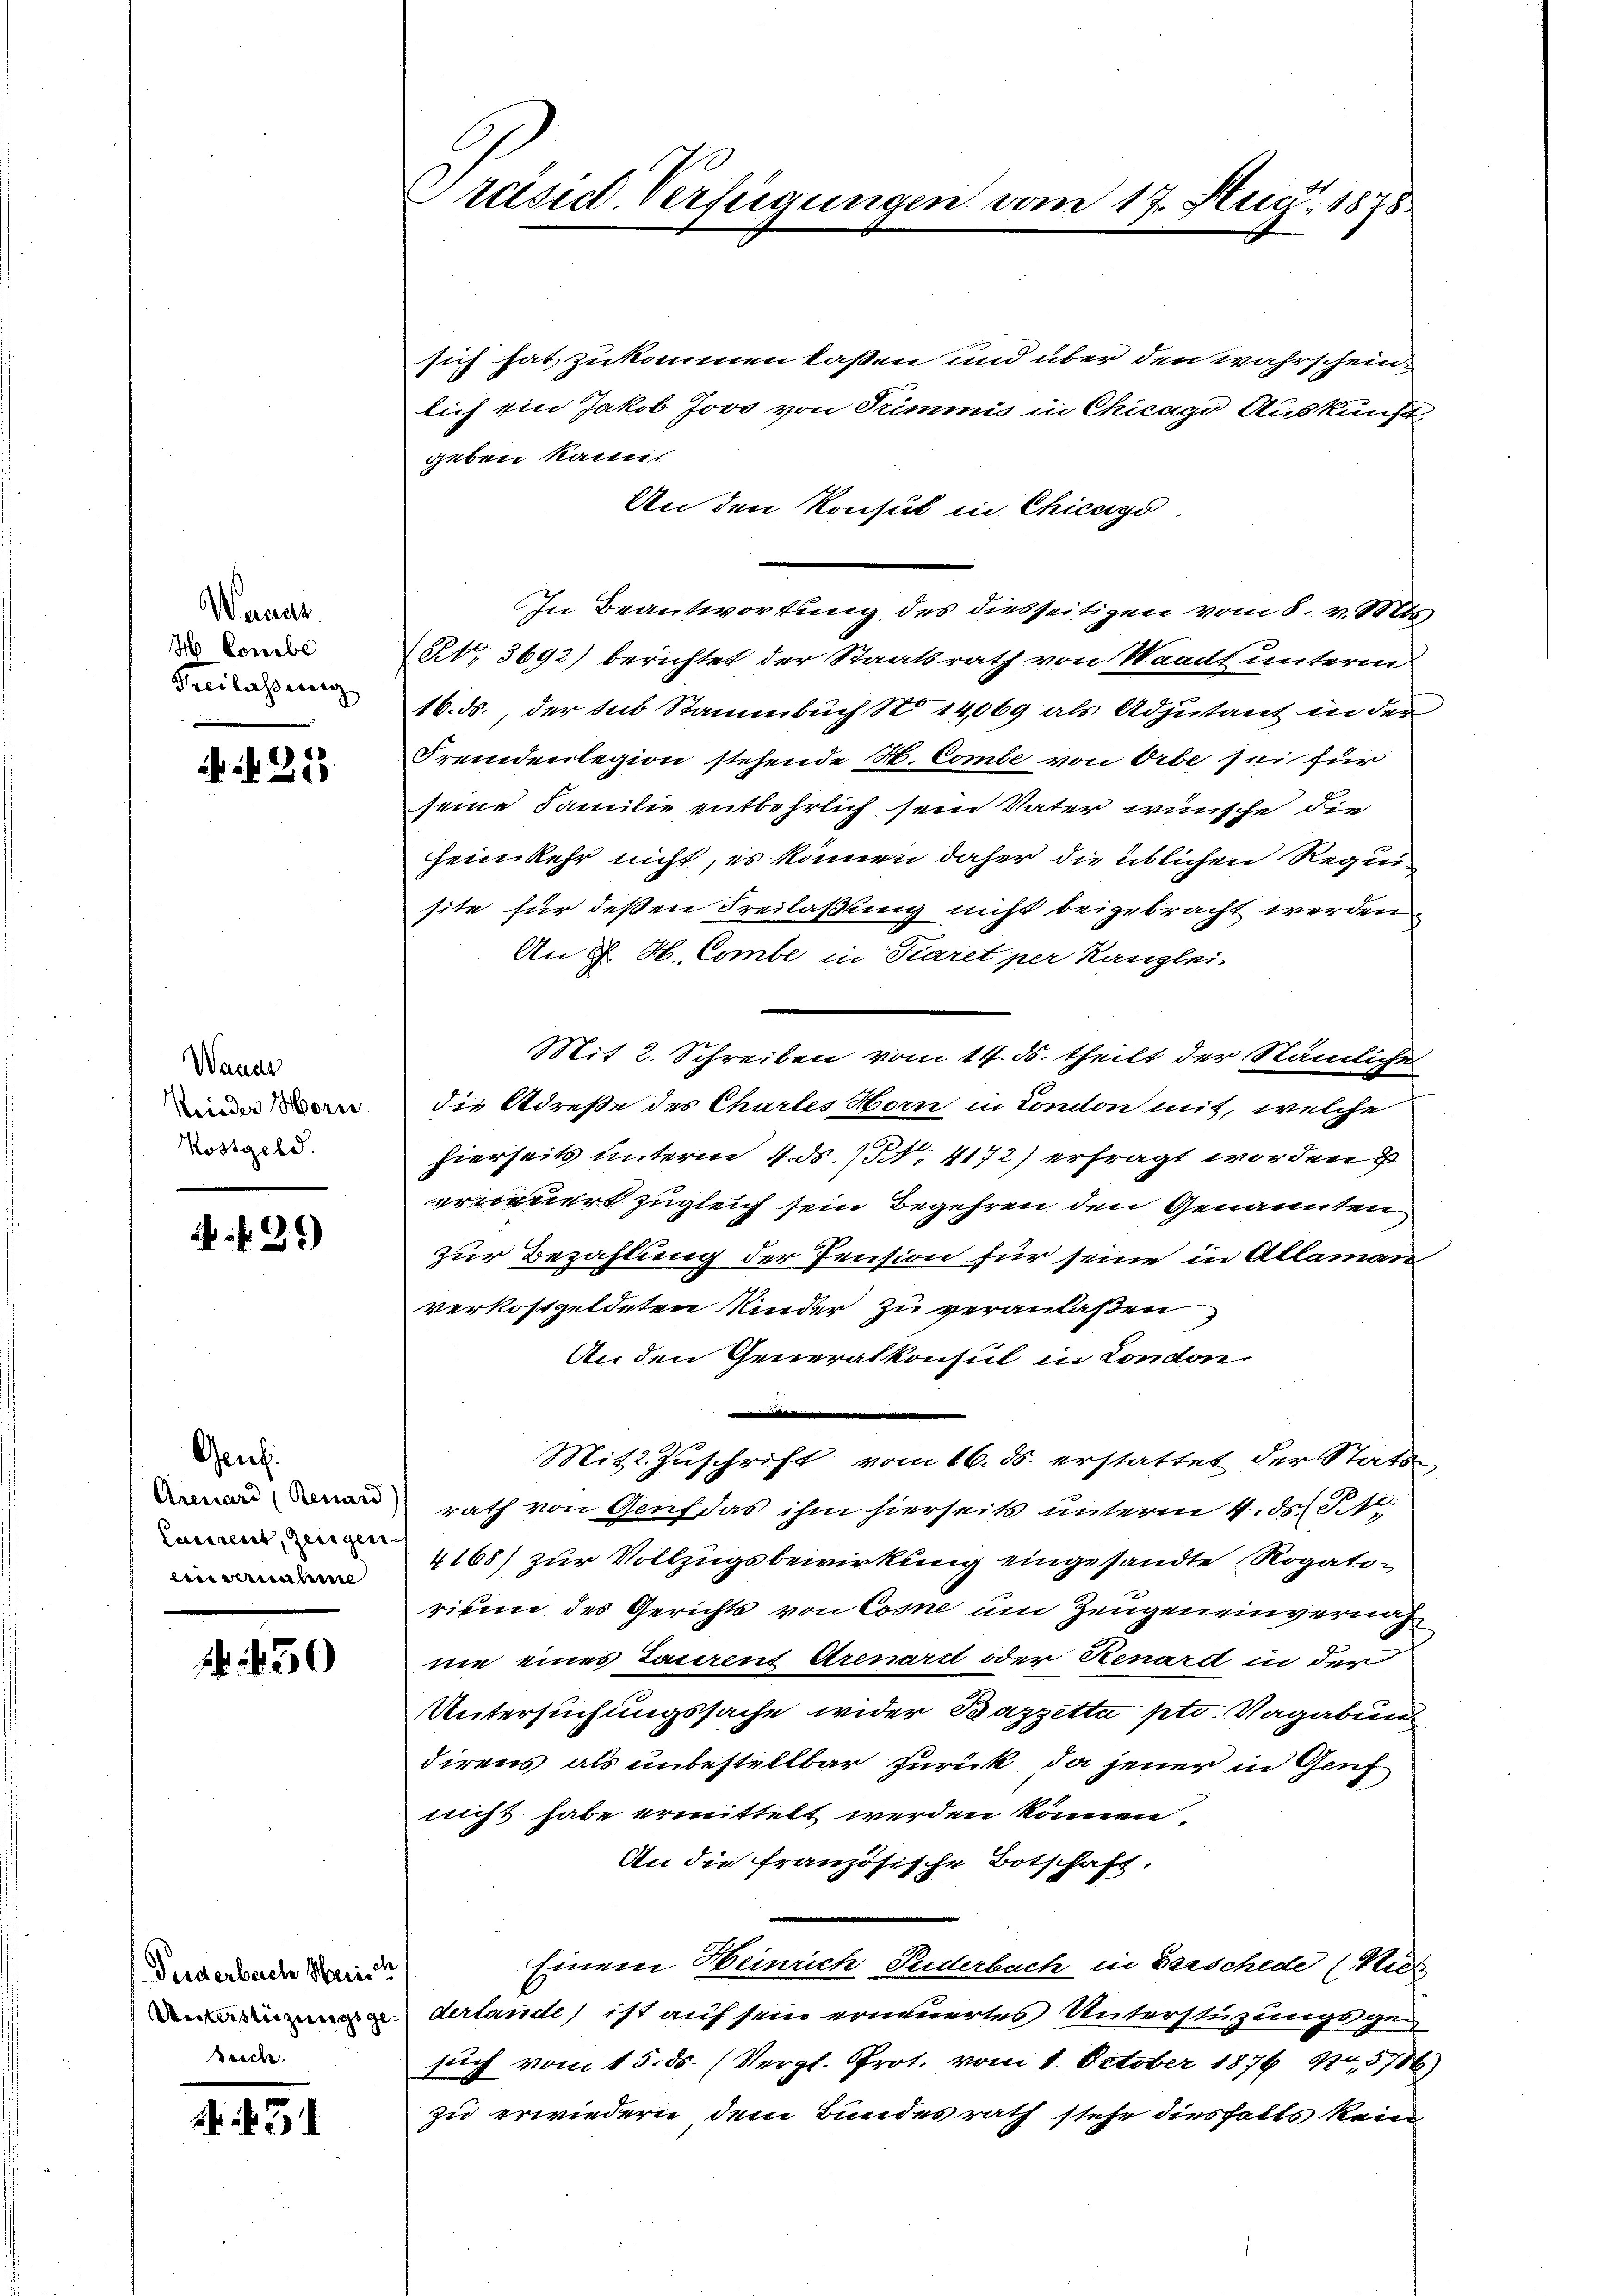
Weraus.
H. Conebe
Theilassung

)

Wande
Riieder Horn
Kostgeld.

29)

Geuch
Arenard (Renard
Casirent, Zeugen.
envernahen

F. 430

Piederbach Herisch
Unttizung ge¬
Beide

3

räsid. Verfügungen vom 17. Aug. 1878

sich hat zukommen laßen und über den wahrschein
lich ein Jakob Jovo von Trimmis in Chicago Auskunft
geben kann.
An den Konsul in Chicago
In Beantwortung des diesseitigen vom 8. v. Selbs
NN. 3692) berichtet der Staatsrath von Waadt unterm
16. ds., der sub Stammbuch No 14069 als Adjutant in der
Fremdenlegion stehende N. Combe von Orbe sei für
seine Familie entbehrlich sein Vater wünsche die
heimkehr nicht, es können daher die üblichen Requisite für deßen Freilaßung nicht beigebracht werden
An J. H. Combe in Fiaret per Kanzlei-
Mit 2. Schreiben vom 14. ds. theilt der Stämliche
die Adreße des Chartes Horn in Canton mit, welche
hierseits unterm 4. ds. No. 4172) erfragt worden
erneuert zugleich sein Begehren den Genannten
zur Bezahlung der Pension für seine in Allaman
verkostgeldeten Kinder zu veranlaßen,
An den Generalkonsul in London
.
Mit Zuschrift vom 16. ds. erstattet der Stats-
rath von Genf das ihm hierseits unterm 4. ds. S. 1
4168) zur Vollzugsbewirkung eingesandte Rogatirivun des Gerichts von Cosne um Zeugen einvernach
nie eines Laurent Arenartt oder Renard in der
Untersuchungssache wider Bazzetta pto. Vagabung
direns als unbestellbar zurück, da jener in Genf
nicht habe ermittelt werden können
An die französische Botschaft.
Einem Heinrich Puderbach in Verschede (Ries
derlande ist auf sein erneuertes Unterstüzungsgesuch vom 15. ds. (Vergl. Prot. vom 1. October 1876, 170,5786
zu erwiedern dem Bundesrath stehe diesfalls kein